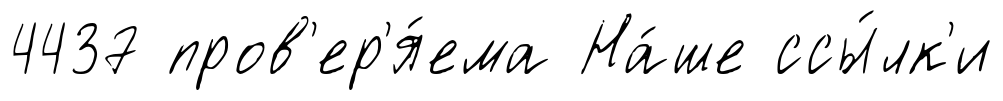
4437 пров'ер'я́ема На́ше ссы́лк'и